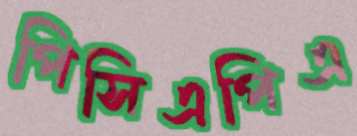
পিসিএপিএ